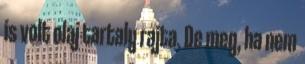
is volt olaj tartaly rajta. De meg, ha nem